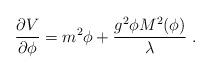
LaTeX: \begin{align*} {\partial V\over \partial\phi} = {m^2\phi} + {g^2\phi M^2(\phi)\over\lambda} \ .\end{align*}